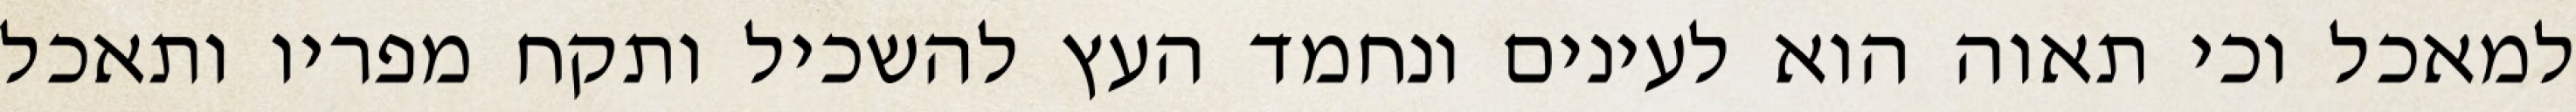
למאכל וכי תאוה הוא לעינים ונחמד העץ להשכיל ותקח מפריו ותאכל